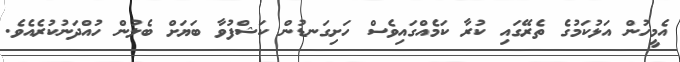
އެމީހުން އަޅުކަމުގެ ތެރޭގައި ކުރާ ކަމެއްގައިވެސް ހަށިގަނޑުން ކަޝްފުވާ ބަޔަށް ބެލުން ހުއްދަނުކުރެއެވެ.